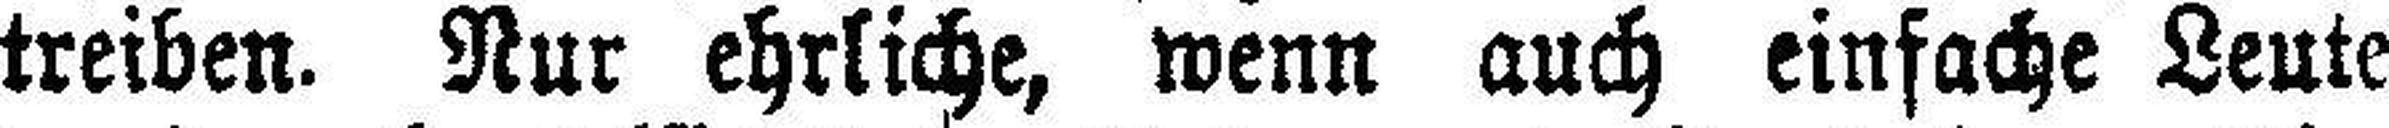
treiben. Nur ehrliche, wenn auch einfache Leute